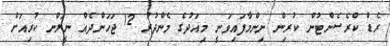
ރެޑް ކްރެސެންޓުން ކުރިން ނިންމާފައިވަނީ މިއަދުގެ މެންދުރު 12 ޖަހަންދެއް ނީލަން ކުރިއަށް